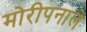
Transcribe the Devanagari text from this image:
मोरीपनाले